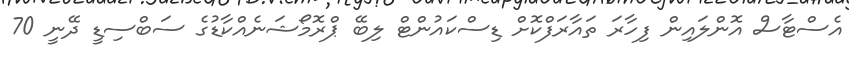
އެސްޓާސް އޮންލައިން ފިހާރަ ތައާރަފްކޮށް ޑިސްކައުންޓް ލިބޭ ޕްރޮމޯޝަނެއްކާޑުގެ ސަބްސިޑީ ދޭނީ 70